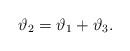
LaTeX: \begin{align*}\vartheta_2 = \vartheta_1+\vartheta_3.\end{align*}